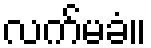
လက်မခံ။